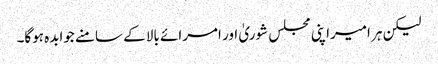
لیکن ہر امیراپنی مجلس شوریٰ اور امرائے بالا کے سامنے جوابدہ ہوگا۔